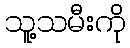
သူ့သမီးကို